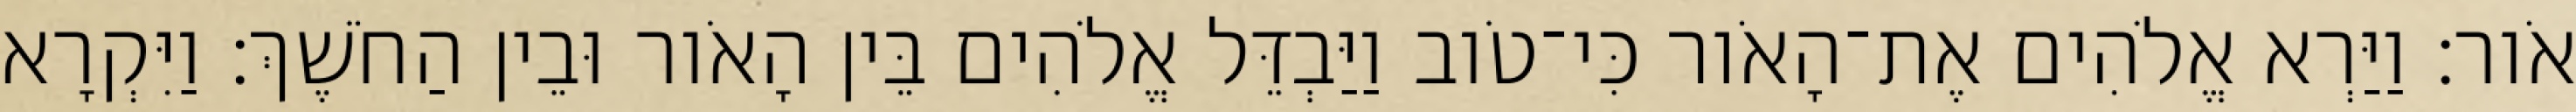
אֹור׃ וַיַּרְא אֱלֹהִים אֶת־הָאֹור כִּי־טֹוב וַיַּבְדֵּל אֱלֹהִים בֵּין הָאֹור וּבֵין הַחֹשֶׁךְ׃ וַיִּקְרָא